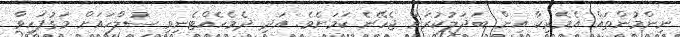
ނިންމުންތައް އެމެެރިކާ އިން ބަދަލުކުރަން ޖެހޭނެ ކަމަށެވެ. އަދި ދެމެހެއްޓެނިވި ސުލްހައަށް މަގުފަހިވާ